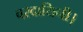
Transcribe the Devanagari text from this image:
वरदायिनी।